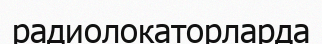
радиолокаторларда